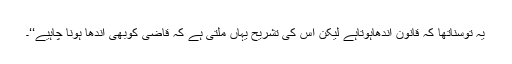
یہ توسناتھا کہ قانون اندھاہوتاہے لیکن اس کی تشریح یہاں ملتی ہے کہ قاضی کوبھی اندھا ہونا چاہیے‘‘۔